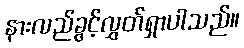
နားလည်ခွင့်လွှတ်ရှာပါသည်။